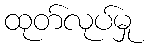
ထုတ်လုပ်မှု